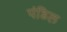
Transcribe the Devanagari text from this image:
पंडिल